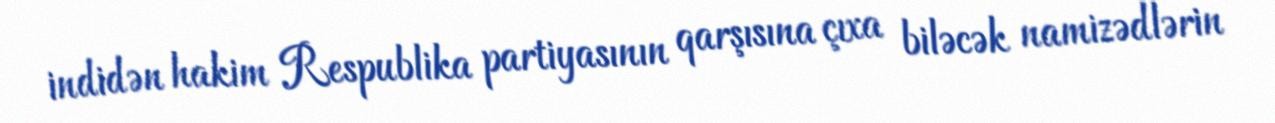
indidən hakim Respublika partiyasının qarşısına çıxa biləcək namizədlərin